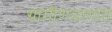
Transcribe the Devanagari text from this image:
ग्रामीणभागात